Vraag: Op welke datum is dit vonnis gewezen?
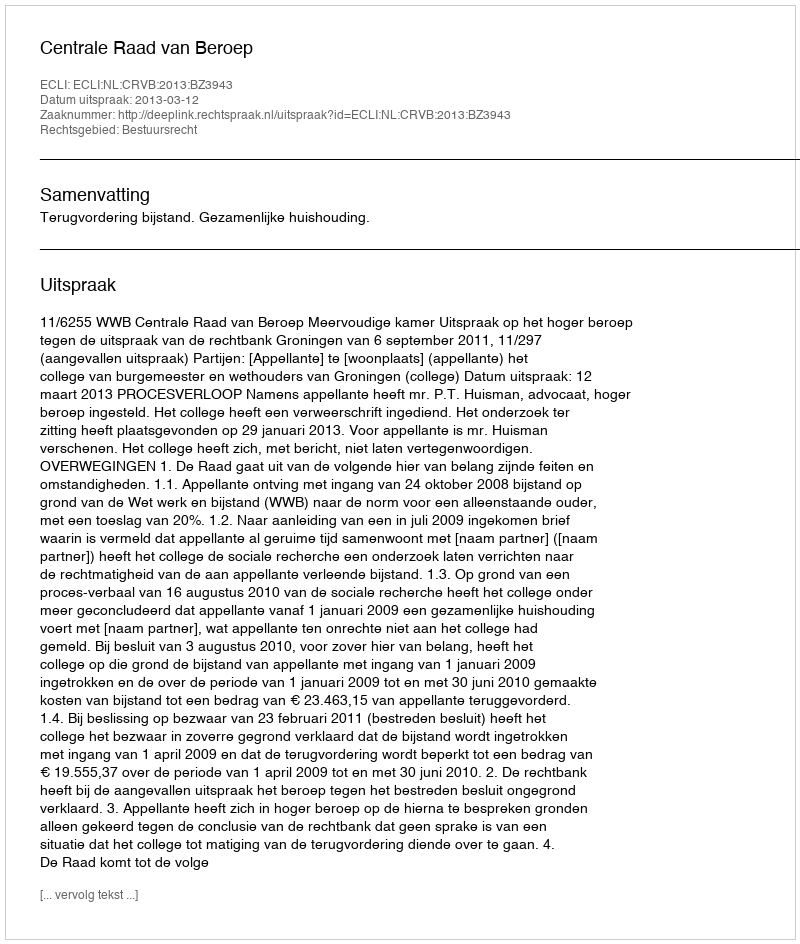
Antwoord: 2013-03-12